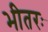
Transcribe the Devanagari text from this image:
भीतरः